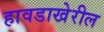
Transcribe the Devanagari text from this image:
हावडाखेरील